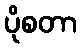
ပိုစတာ